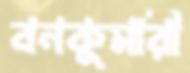
বনকুমারী